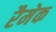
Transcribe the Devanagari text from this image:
रैमेक